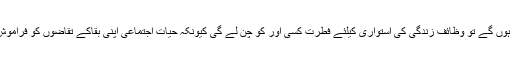
اگر نواز شریف نہیں ہوں گے تو وظائف زندگی کی استواری کیلئے فطرت کسی اور کو چن لے گی کیونکہ حیات اجتماعی اپنی بقاکے تقاضوں کو فراموش نہیں کر پائے گی ۔